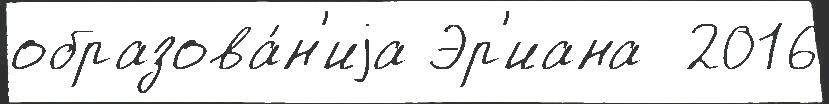
образова́н'иjа Эр'иана  2016